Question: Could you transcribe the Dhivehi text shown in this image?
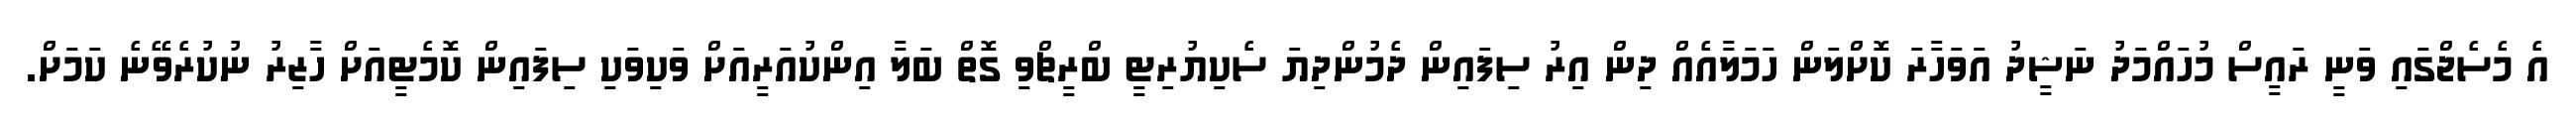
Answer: އެ މެސެޖްގައި ވަނީ ރައީސް މުހައްމަދު ނަޝީދު އަވަހާރަ ކޮށްލަން ހަމަލާއެއް ދިން އިރު ސިފައިން ދެމުންދިޔަ ސެކިޔުރިޓީ ބްރީޗްވި ގޮތް ބަލާ އިންކުއަރީއަށް ވަކިވަކި ސިފައިން ކޮމެޓީއަށް ހާޒިރު ނުކުރެވޭނެ ކަމަށް.